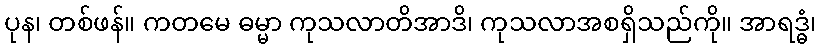
ပုန၊ တစ်ဖန်။ ကတမေ ဓမ္မာ ကုသလာတိအာဒိ၊ ကုသလာအစရှိသည်ကို။ အာရဒ္ဓံ၊